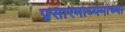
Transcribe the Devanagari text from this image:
प्रसारमाध्‍यमाच्‍या